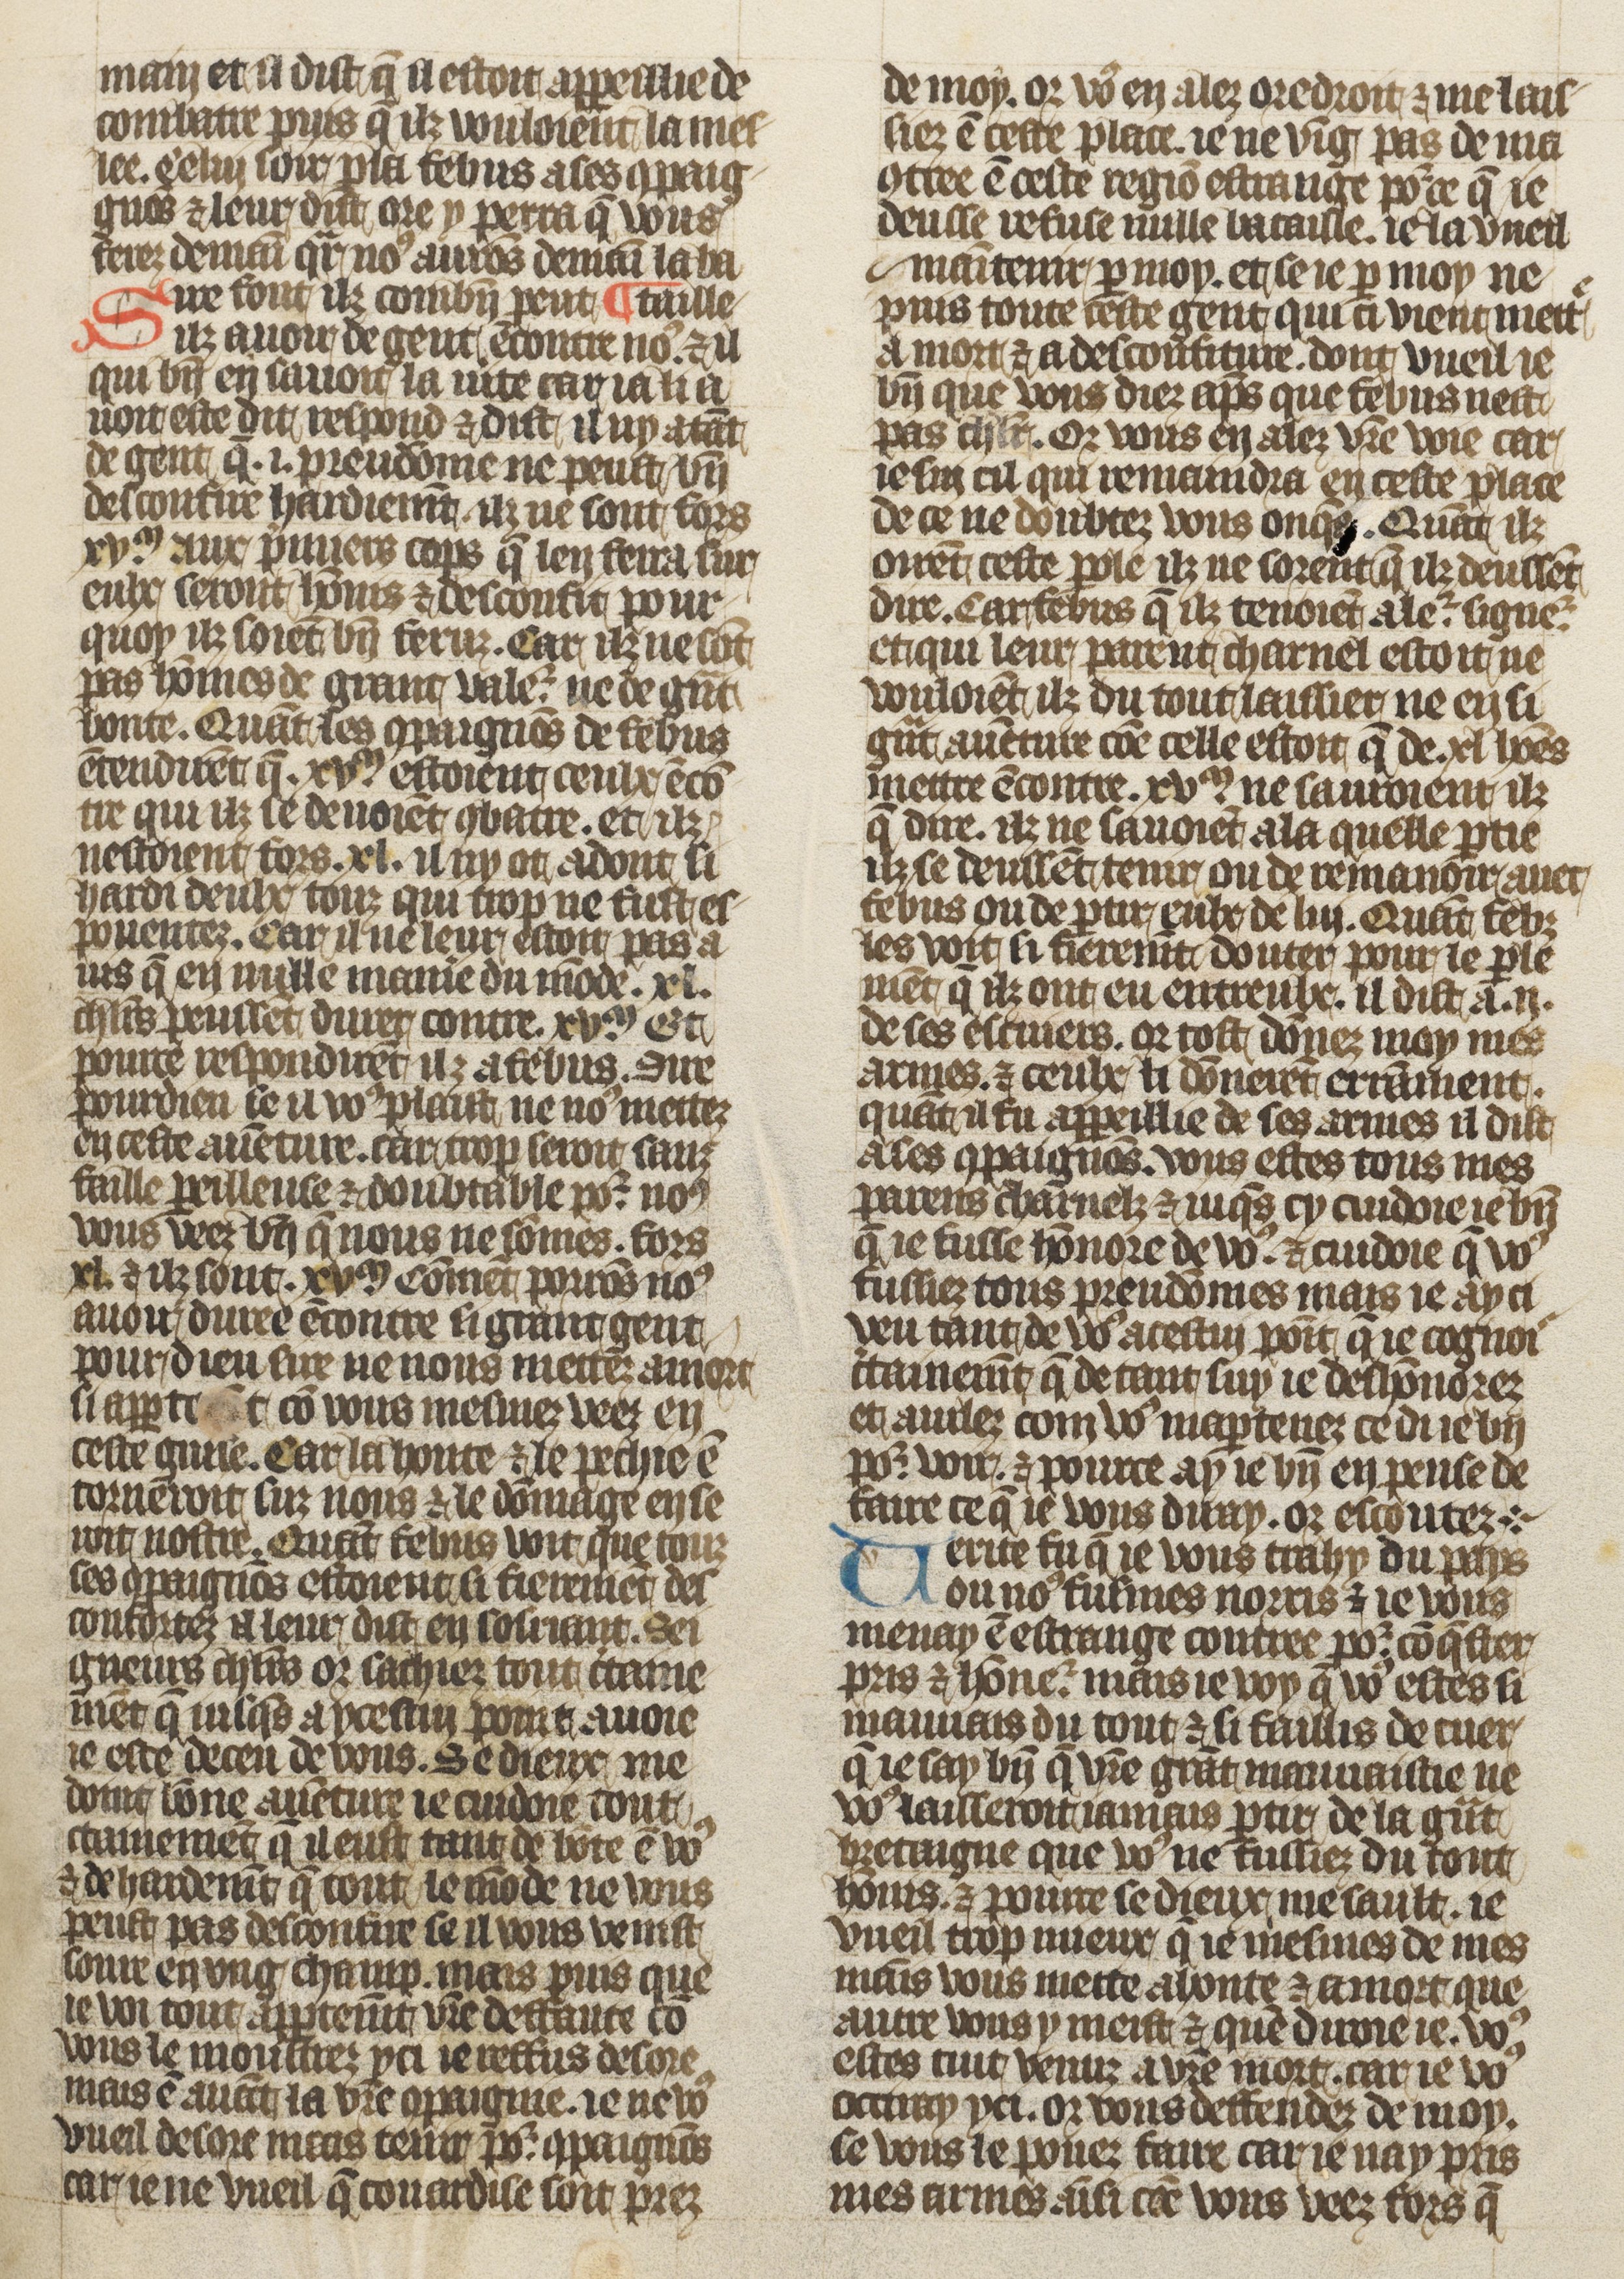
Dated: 1410–1430